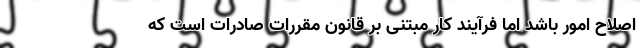
اصلاح امور باشد اما فرآیند کار مبتنی بر قانون مقررات صادرات است که